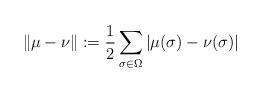
LaTeX: \begin{align*}\|\mu-\nu\|:=\frac 12 \sum_{\sigma \in \Omega} |\mu(\sigma)-\nu(\sigma)|\end{align*}